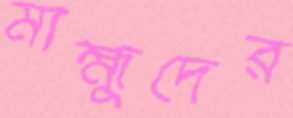
মাহ্মুদের